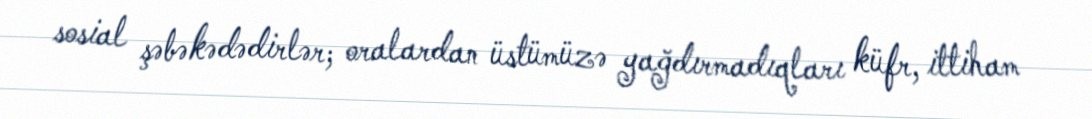
sosial şəbəkədədirlər; oralardan üstümüzə yağdırmadıqları küfr, ittiham